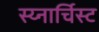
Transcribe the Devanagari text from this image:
स्य्नार्चिस्ट